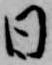
日